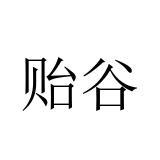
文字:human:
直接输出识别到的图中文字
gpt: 贻谷